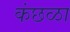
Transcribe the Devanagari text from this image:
कंछळा